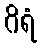
ဂိရံ